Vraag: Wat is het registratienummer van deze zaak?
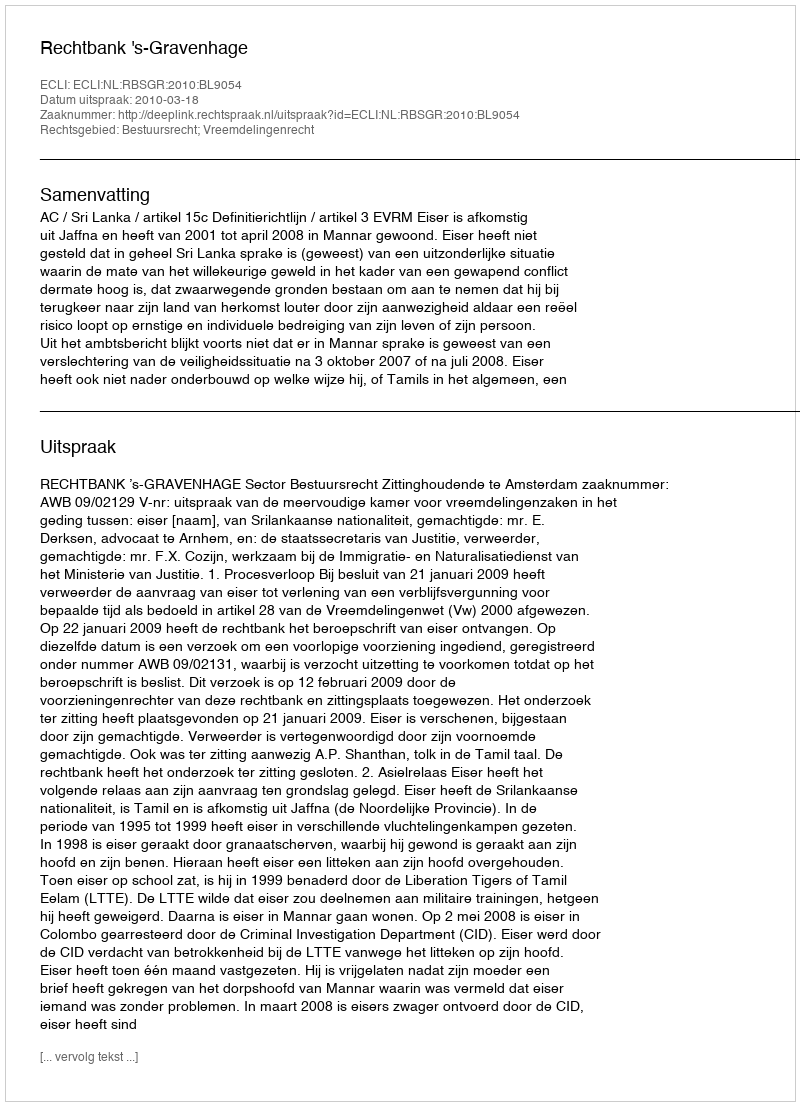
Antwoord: http://deeplink.rechtspraak.nl/uitspraak?id=ECLI:NL:RBSGR:2010:BL9054